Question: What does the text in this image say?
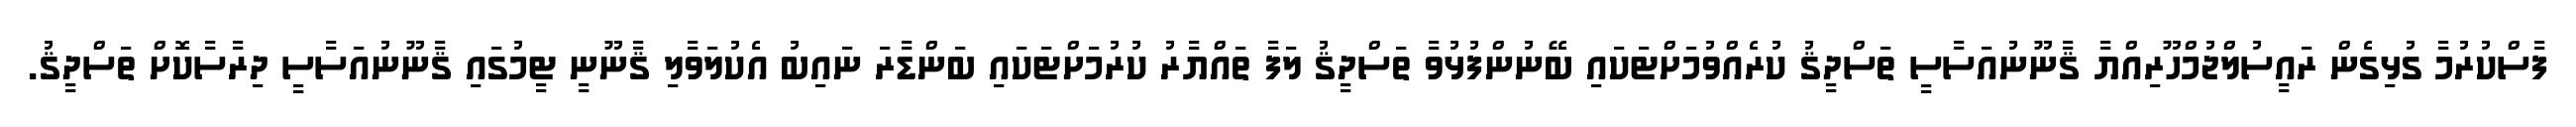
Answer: ފާސްކުރުމާ ގުޅިގެން ރައީސުލްޖުމްހޫރިއްޔާ ޤާނޫނުއަސާސީ ތަސްދީޤު ކުރެއްވުމަށްޓަކައި ބޭނުންފުޅުވާ ތަސްދީޤު ލަފާ ތައްޔާރު ކުރުމަށްޓަކައި ބަންޑާރަ ނައިބު އެކުލަވާލި ޤާނޫނީ ޓީމުގައި ޤާނޫނުއަސާސީ ދިރާސާކޮށް ތަސްދީޤު.